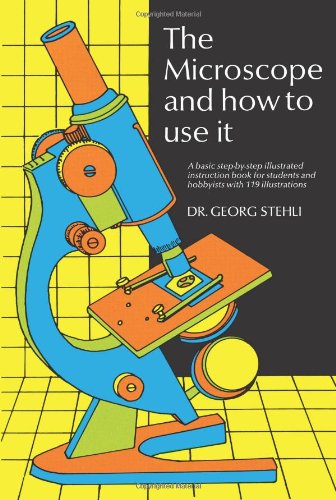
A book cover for The Microscope and How to Use It; Dr. Georg Stehli; Science & Math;